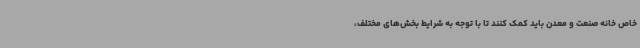
خاص خانه صنعت و معدن باید کمک کنند تا با توجه به شرایط بخش‌های مختلف،